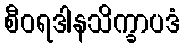
စီဝရဒါနသိက္ခာပဒံ